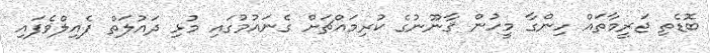
ބޮޑެތި ޖަރީމާތައް ހިންގާ މީހުން ޤާނޫނުގެ ކުރިމައްޗަށް ގެނައުމުގައި މުޅި ދައުލަތް ފެއިލްވެފައި